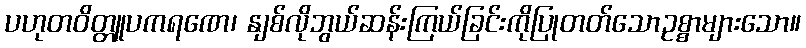
ပဟုတဝိတ္တူပကရဏေ၊ နျစ်လိုဘွယ်ဆန်းကြယ်ခြင်းကိုပြုတတ်သောဥစ္စာများသော။